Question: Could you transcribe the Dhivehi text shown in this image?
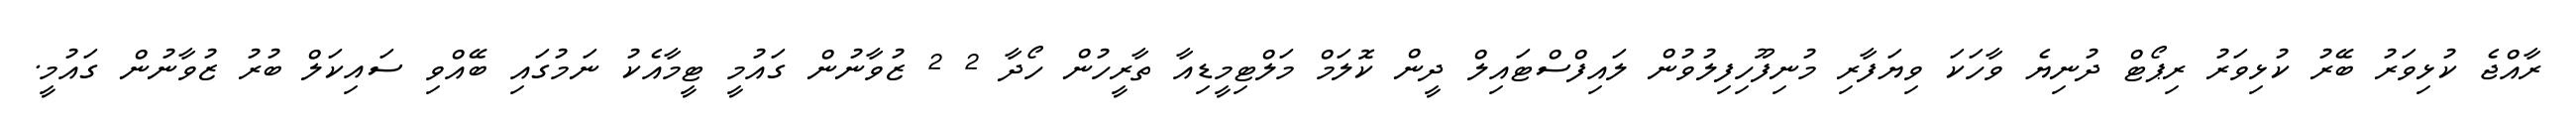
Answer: ރާއްޖެ ކުޅިވަރު ބޭރު ކުޅިވަރު ރިޕޯޓް ދުނިޔެ ވާހަކަ ވިޔަފާރި މުނިފޫހިފިލުވުން ލައިފްސްޓައިލް ދީން ކޮލަމް މަލްޓިމީޑިއާ ތާރީހުން ހޯދާ 2 2 ޒުވާނުން ގައުމީ ޓީމާއެކު ނަމުގައި ބޭއްވި ސައިކަލް ބުރު ޒުވާނުން ގައުމީ.